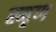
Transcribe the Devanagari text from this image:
स्मृण